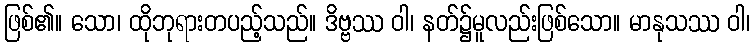
ဖြစ်၏။ သော၊ ထိုဘုရားတပည့်သည်။ ဒိဗ္ဗဿ ဝါ၊ နတ်၌မူလည်းဖြစ်သော။ မာနုသဿ ဝါ၊